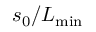
s _ { 0 } / L _ { \mathrm { m i n } }